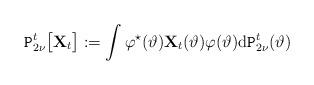
LaTeX: \begin{align*}\texttt{P}_{2\nu}^t\big[\mathbf{X}_t\big]:=\int\varphi^\star(\vartheta)\mathbf{X}_t(\vartheta)\varphi(\vartheta) \mathrm{d}\texttt{P}_{2\nu}^t(\vartheta)\end{align*}